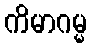
ကိမာဂမ္မ